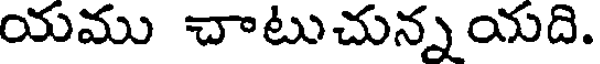
యము చాటుచున్నయది.